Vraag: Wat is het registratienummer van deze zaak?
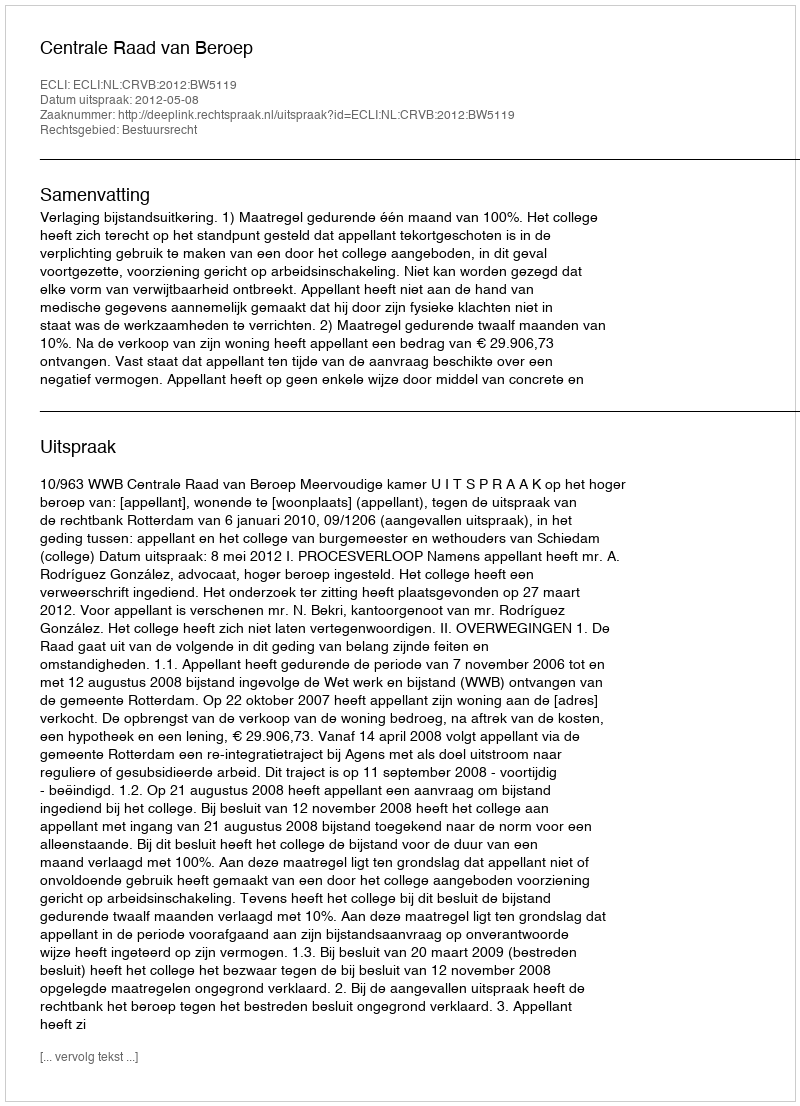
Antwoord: http://deeplink.rechtspraak.nl/uitspraak?id=ECLI:NL:CRVB:2012:BW5119